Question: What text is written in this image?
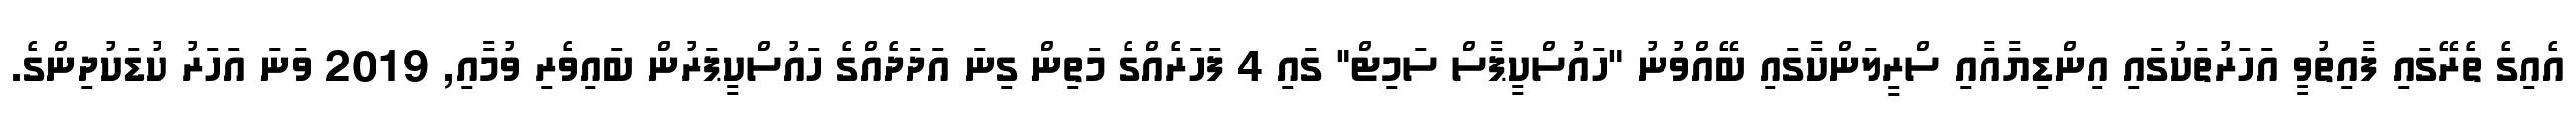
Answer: އެއިގެ ތެރޭގައި ފާއިތުވީ އަހަރުތަކުގައި އިންޑިޔާއާއި ސްރީލަންކާގައި ބޭއްވުނު "ހައުސްކީޕާސް ސަމިޓް" ގައި 4 ފަހަރެއްގެ މަތިން ގިނަ އަދަދެއްގެ ހައުސްކީޕަރުން ބައިވެރި ވުމާއި, 2019 ވަނަ އަހަރު ކުޑަކުދިންގެ.